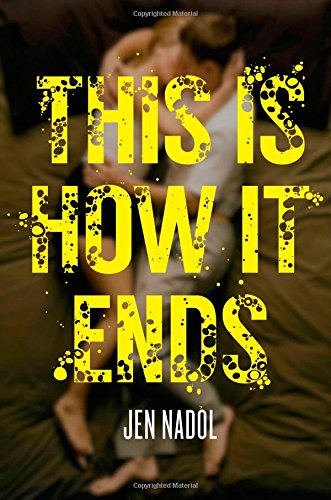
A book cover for This Is How It Ends; Jen Nadol; Teen & Young Adult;